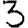
Digit: 3